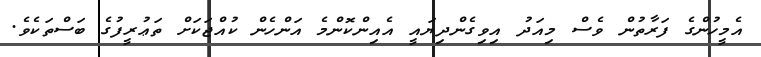
އެމީހުންގެ ފަރާތުން ވެސް މިއަދު އިވިގެންދިޔައީ އެއިންކޮންމެ އަންހެން ކުއްޖަކަށް ތަޢުރީފުގެ ބަސްތަކެވެ.